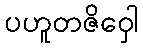
ပဟူတဇိဝှေါ